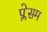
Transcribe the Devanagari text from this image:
प्लेसम